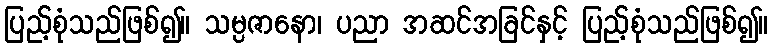
ပြည့်စုံသည်ဖြစ်၍။ သမ္ပဇာနော၊ ပညာ အဆင်အခြင်နှင့် ပြည့်စုံသည်ဖြစ်၍။